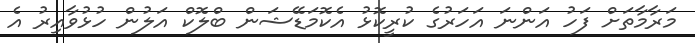
މަރާމާތަށް ފަހު އަންނަ އަހަރުގެ ކުރީކޮޅު އެކޮމަޑޭޝަން ބްލޮކް އަލުން ހުޅުވާއިރު އެ